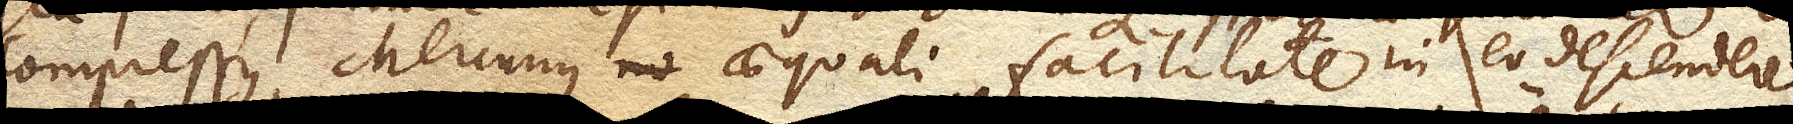
compressus, Mercurius aequali facilitate in eo descenderet